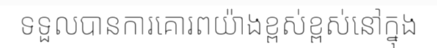
ទទួលបានការគោរពយ៉ាងខ្ពស់ខ្ពស់នៅក្នុង